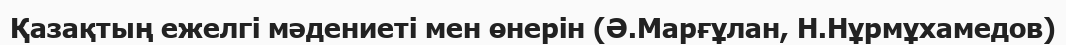
Қазақтың ежелгі мәдениеті мен өнерін (Ә.Марғұлан, Н.Нұрмұхамедов)